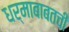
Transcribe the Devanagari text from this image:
धर्माबाबतची